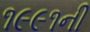
૧૯૯૧ની